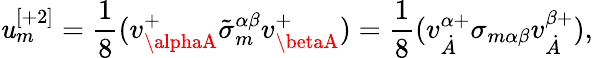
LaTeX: \mathit{u}_{m}^{[+2]}=\frac{1}{8}(v_{\alphaA}^{+}\tilde{{\sigma}}_{m}^{\alpha\beta}v_{\betaA}^{+})=\frac{1}{8}(v_{\dot{{A}}}^{\alpha+}\sigma_{m\alpha\beta}v_{\dot{{A}}}^{\beta+}),